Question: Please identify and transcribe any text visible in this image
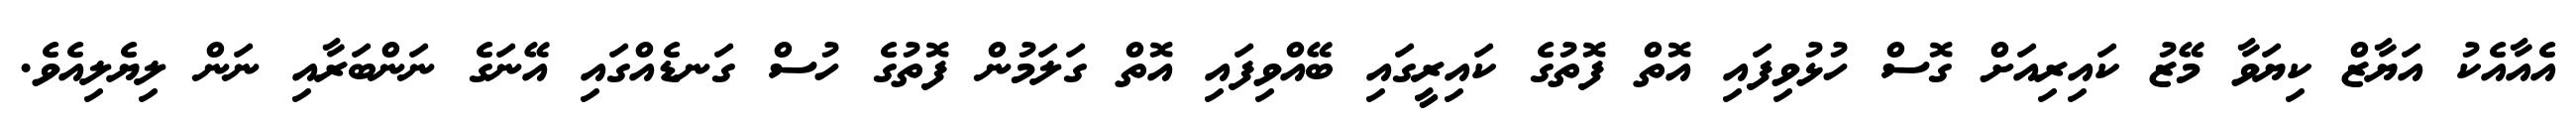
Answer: އެއާއެކު އަޔާޒް ކިޔަވާ މޭޒު ކައިރިއަށް ގޮސް ހުޅުވިފައި އޮތް ފޮތުގެ ކައިރީގައި ބޭއްވިފައި އޮތް ގަލަމުން ފޮތުގެ ހުސް ގަނޑެއްގައި އޭނަގެ ނަންބަރާއި ނަން ލިޔެލިއެވެ.